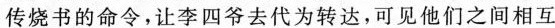
传烧书的命令，让李四爷去代为转达，可见他们之间相互